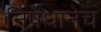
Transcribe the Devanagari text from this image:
निषेधानेच